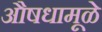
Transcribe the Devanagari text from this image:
औषधामूळे